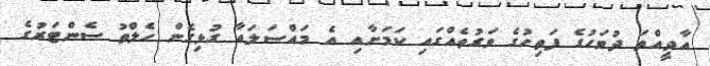
އާދީއްތަ ދުވަހުގެ ފަތިހުގެ ވަގުތެއްގައި ކަމަށާއި އެ މައްސަލައާ ގުޅިގެން ހެލްތު ސެންޓަރުގެ